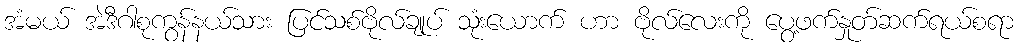
အံမယ် အဲဒီဂါစုကွန်နယ်သား ပြင်သစ်ဗိုလ်ချုပ် သုံးယောက် ဟာ ဗိုလ်လေးကို ပွေ့ဖက်နှုတ်ဆက်ရယ်စရာ